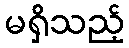
မရှိသည့်